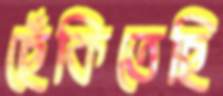
ছেঁকিতেছি